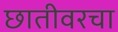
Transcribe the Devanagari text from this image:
छातीवरचा